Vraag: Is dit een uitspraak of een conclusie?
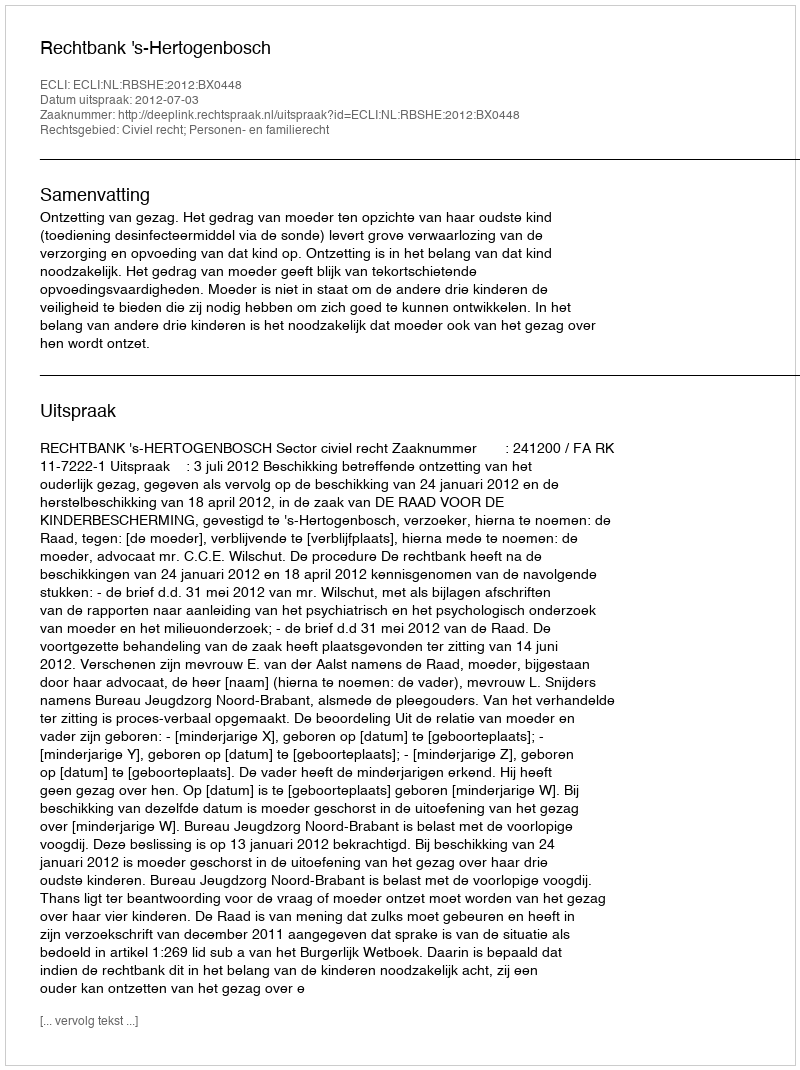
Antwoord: Uitspraak